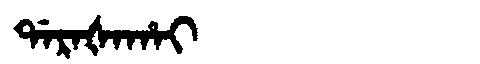
Manchu: ᡩᠠᡵᠠᡧᠠᡥᠠᡳ
Romanization: DARAŠAHAI